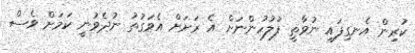
ކުރިން އެނގިފައި ނުވާތީ ފުލުހުންނަށް އެ ރަށަށް އެވަގުތު ނުދެވުނީ ކަމަށް ވެސް